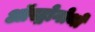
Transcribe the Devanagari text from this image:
ऑस्ट्रोगोथों